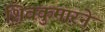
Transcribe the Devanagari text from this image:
शिवकुमारने